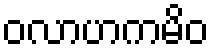
ဝလာဟကမိဝ